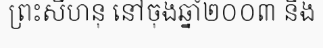
ព្រះសីហនុ នៅចុងឆ្នាំ២០០៣ និង